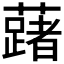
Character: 𬟅